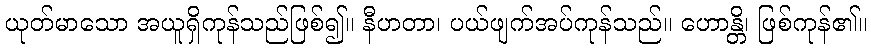
ယုတ်မာသော အယူရှိကုန်သည်ဖြစ်၍။ နီဟတာ၊ ပယ်ဖျက်အပ်ကုန်သည်။ ဟောန္တိ၊ ဖြစ်ကုန်၏။